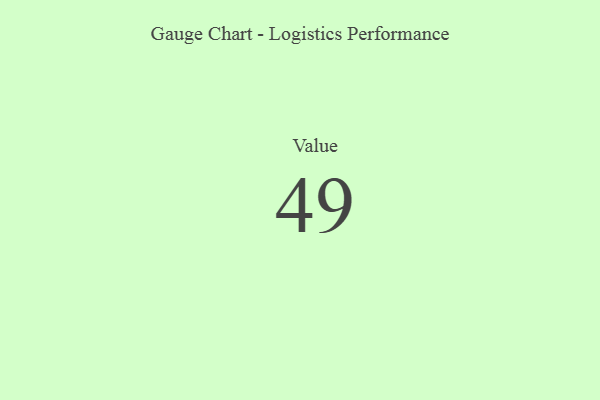
{"axis": {"x": "Metric", "y": "Value"}, "legend": [""], "data": [{"x": "Value", "y": 49, "type": ""}]}